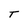
Character: T